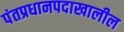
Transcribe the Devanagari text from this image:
पंतप्रधानपदाखालील